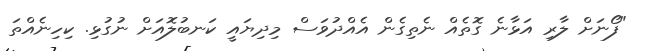
"ފޯނަށް ލާރި އަޅާނެ ގޮތެއް ނެތިގެން އެއްދުވަސް މިދިޔައީ ކަނބުލޮއަށް ނުގުޅި. ކިހިނެއްތަ